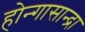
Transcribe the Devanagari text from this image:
होन्गासान्द्रा